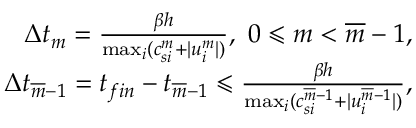
\begin{array} { r } { \Delta t _ { m } = \frac { \beta h } { \operatorname* { m a x } _ { i } ( c _ { s i } ^ { m } + | u _ { i } ^ { m } | ) } , \ 0 \leqslant m < \overline { { m } } - 1 , } \\ { \Delta t _ { \overline { { m } } - 1 } = t _ { f i n } - t _ { \overline { { m } } - 1 } \leqslant \frac { \beta h } { \operatorname* { m a x } _ { i } ( c _ { s i } ^ { \overline { { m } } - 1 } + | u _ { i } ^ { \overline { { m } } - 1 } | ) } , } \end{array}